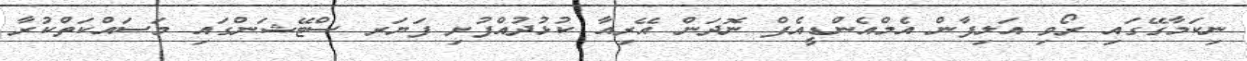
ނިކަމާގޭގައި ރޯވި އަލިފާން އެމްއެންޑީއެފް ނޮދަން އޭރިއާ ކުޅުދުއްފުށި ފަޔަރ ސްޓޭޝަންގައި މަސައްކަތްކުރާ